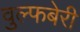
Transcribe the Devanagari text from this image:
वुल्फबेरी